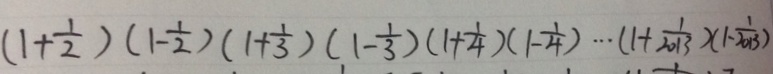
( 1 + \frac { 1 } { 2 } ) ( 1 - \frac { 1 } { 2 } ) ( 1 + \frac { 1 } { 3 } ) ( 1 - \frac { 1 } { 3 } ) ( 1 + \frac { 1 } { 4 } ) ( 1 - \frac { 1 } { 4 } ) \cdots ( 1 + \frac { 1 } { 2 0 1 3 } ) ( 1 - \frac { 1 } { 2 0 1 3 } )